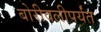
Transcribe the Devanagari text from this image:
बोरीवलीपर्यंत